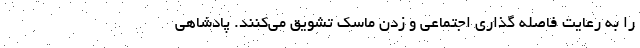
را به رعایت فاصله گذاری اجتماعی و زدن ماسک تشویق می‌کنند. پادشاهی